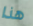
هذا